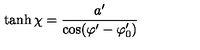
\tanh \chi = \frac { a ^ { \prime } } { \cos ( \varphi ^ { \prime } - \varphi _ { 0 } ^ { \prime } ) }